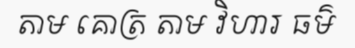
តាម គោត្រ តាម វិហារ ធម៌